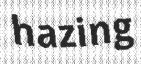
hazing